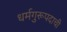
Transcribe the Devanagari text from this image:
धर्मगुरूपदाची